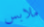
ملابس